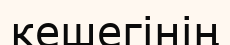
кешегінің